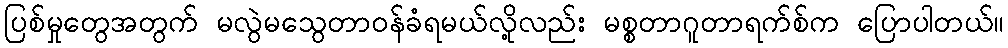
ပြစ်မှုတွေအတွက် မလွဲမသွေတာဝန်ခံရမယ်လို့လည်း မစ္စတာဂူတာရက်စ်က ပြောပါတယ်။